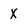
Character: X